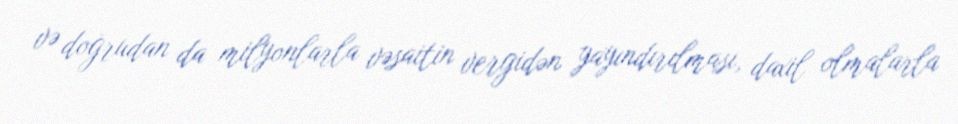
və doğrudan da milyonlarla vəsaitin vergidən yayındırılması, daxil olmalarla